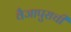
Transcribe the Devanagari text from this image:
वैजापुराची